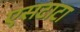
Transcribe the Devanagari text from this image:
एसटाटा